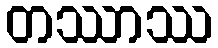
တဿာဿ